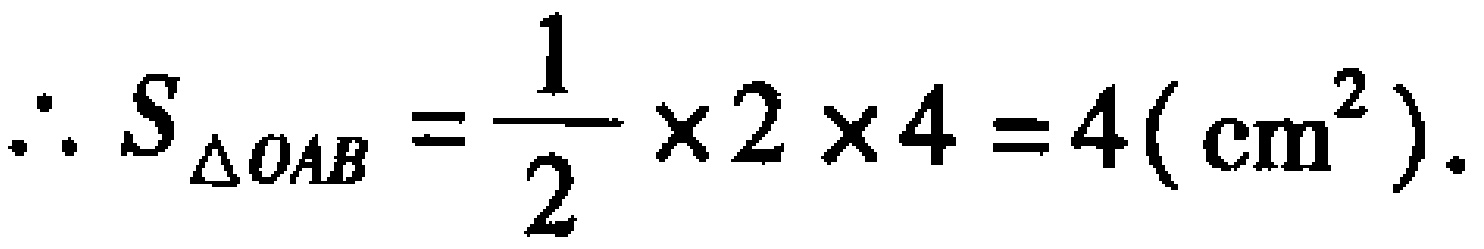
\(\therefore S_{\triangle OAB}=\dfrac{1}{2}\times2\times4 = 4(\text{ cm}^2).\)